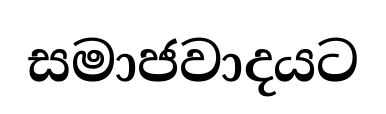
සමාජවාදයට